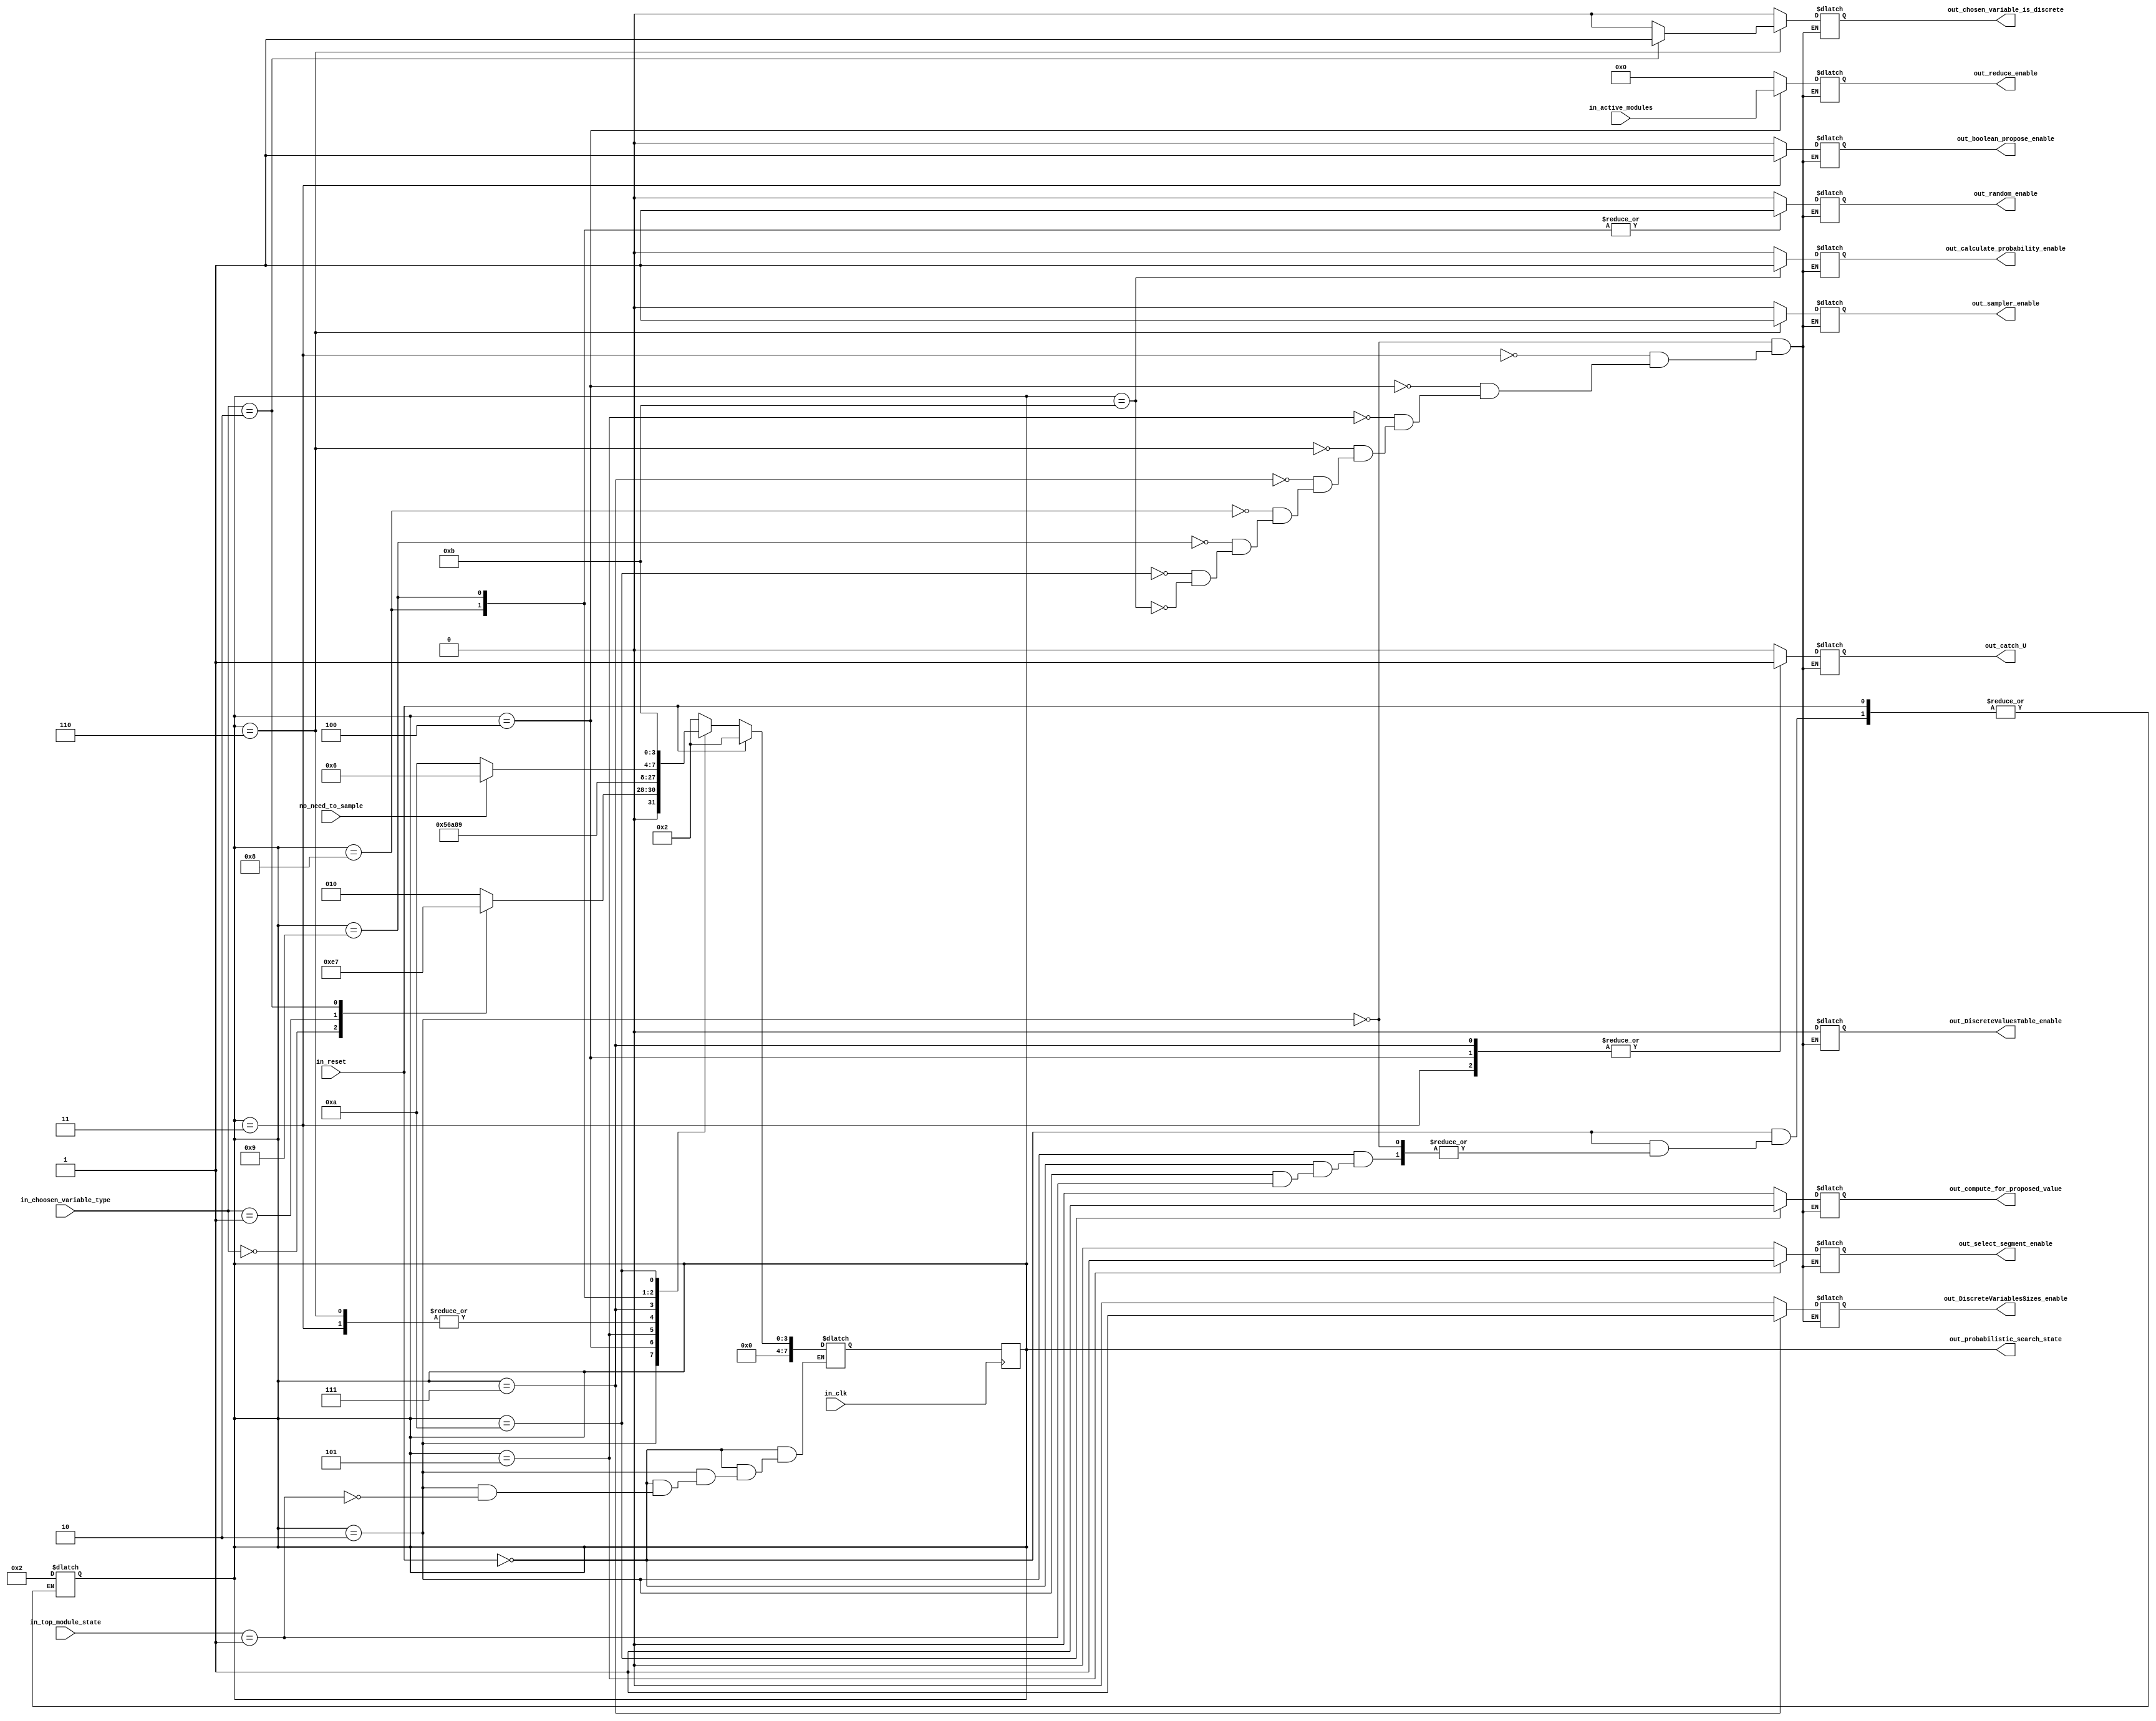
`timescale 1ns / 1ps


module ProbabilisticSearchControlUnit
#(parameter MAX_BIT_WIDTH_OF_CLAUSES_INDEX=3)(
input in_clk,
input in_reset,
input [7:0]in_top_module_state,

input [1:0] in_choosen_variable_type,
input no_need_to_sample,

input [(2**MAX_BIT_WIDTH_OF_CLAUSES_INDEX)-1:0] in_active_modules,//used to activate reduce modules as needed example 0011 -> we have two modules activated

output wire [7:0] out_probabilistic_search_state,
output wire out_boolean_propose_enable,
output wire [(2**MAX_BIT_WIDTH_OF_CLAUSES_INDEX)-1:0]out_reduce_enable,
output wire out_select_segment_enable,

output wire out_DiscreteVariablesSizes_enable,
output wire out_random_enable,
output wire out_DiscreteValuesTable_enable,

output wire out_chosen_variable_is_discrete,//needed to decide the sampler source input
output wire out_sampler_enable,
output wire out_catch_U,
output wire out_calculate_probability_enable,
output wire out_compute_for_proposed_value
    );
parameter PROBABALISTIC=1;

parameter IDLE=2;
parameter BOOLEAN_PROPOSE=3;
parameter REDUCE=4;
parameter SELECTING_SEGMENT=5;
parameter SAMPLING=6;

parameter GET_NUMBER_OF_DISCRETE_VALUES=7;
parameter CHOOSE_DISCRETE_VALUE=8;
parameter READ_DISCRETE_VALUE=9;
parameter READY_CHECK_ME=10;
parameter DONE=11;

reg [7:0] state;
reg [7:0] next_state;

reg boolean_propose_enable;
reg [(2**MAX_BIT_WIDTH_OF_CLAUSES_INDEX)-1:0]reduce_enable;
reg select_segment_enable;

reg DiscreteVariablesSizes_enable;
reg random_enable;
reg DiscreteValuesTable_enable;

reg chosen_variable_is_discrete;//needed to decide the sampler source input
reg sampler_enable;
reg catch_U;
reg calculate_probability_enable;
reg compute_for_proposed_value;

assign out_boolean_propose_enable=boolean_propose_enable;
assign out_reduce_enable=reduce_enable;
assign out_select_segment_enable=select_segment_enable;

assign out_DiscreteVariablesSizes_enable=DiscreteVariablesSizes_enable;
assign out_random_enable=random_enable;
assign out_DiscreteValuesTable_enable=DiscreteValuesTable_enable;

assign out_chosen_variable_is_discrete=chosen_variable_is_discrete;//needed to decide the sampler source input
assign out_sampler_enable=sampler_enable;
assign out_catch_U=catch_U;
assign out_calculate_probability_enable=calculate_probability_enable;

assign out_compute_for_proposed_value=compute_for_proposed_value;



assign out_probabilistic_search_state=state;
always@* begin //determine next state
if (in_reset)
next_state=IDLE;
else begin
case (state)
IDLE: begin
    if(in_top_module_state==PROBABALISTIC)
              begin
                  case (in_choosen_variable_type)
                  2'b00:begin//choosen variable is 
                        next_state=BOOLEAN_PROPOSE; 
                        end
                  2'b01:begin//choosen variable is integer continous range
                        //next state
                        next_state=REDUCE; 
                        end
                  2'b10:begin//choosen variable is integer discrete range
                        next_state=GET_NUMBER_OF_DISCRETE_VALUES;
                        end
                  default: next_state=IDLE;
                  endcase
              end
              else state=IDLE; 
          end                     
BOOLEAN_PROPOSE:next_state=READY_CHECK_ME;

REDUCE:next_state=SELECTING_SEGMENT;
SELECTING_SEGMENT:next_state=SAMPLING;
SAMPLING:next_state=READY_CHECK_ME;

GET_NUMBER_OF_DISCRETE_VALUES:next_state=CHOOSE_DISCRETE_VALUE;
CHOOSE_DISCRETE_VALUE:next_state=READ_DISCRETE_VALUE;
READ_DISCRETE_VALUE:begin
                     if(no_need_to_sample)
                        next_state=SAMPLING;
                     else
                        next_state=READY_CHECK_ME;
                     end
READY_CHECK_ME:next_state=DONE;
DONE:next_state=IDLE;            
default:next_state=IDLE;                  
endcase
end
end


//sequential part update state
always @ (negedge in_clk)
begin
state<=next_state;
end

// produce output
always @ *
begin 
case (state)
IDLE:begin
         //disables
         boolean_propose_enable=1'b0;
         
         reduce_enable=0;
         select_segment_enable=1'b0;
        
         DiscreteVariablesSizes_enable=1'b0;
         random_enable=1'b0;
         DiscreteValuesTable_enable=1'b0;
        
         chosen_variable_is_discrete=1'b0;
         sampler_enable=1'b0;
         
         catch_U=1'b0;
         calculate_probability_enable=1'b0;
         compute_for_proposed_value=1'b0;
         
     end
BOOLEAN_PROPOSE:begin
                    //enables
                    boolean_propose_enable=1'b1;
                    catch_U=1'b1;
                    //disables
                    reduce_enable=0;
                    select_segment_enable=1'b0;
                    
                    DiscreteVariablesSizes_enable=1'b0;
                    random_enable=1'b0;
                    DiscreteValuesTable_enable=1'b0;
                    
                    chosen_variable_is_discrete=1'b0;
                    sampler_enable=1'b0;
                    
                    calculate_probability_enable=1'b0;
                    compute_for_proposed_value=1'b0;
                end
                
REDUCE:begin
           //enables
           reduce_enable=in_active_modules;
           catch_U=1'b1;
           //disables
           boolean_propose_enable=1'b0;
           
           select_segment_enable=1'b0;
        
           DiscreteVariablesSizes_enable=1'b0;
           random_enable=1'b0;
           DiscreteValuesTable_enable=1'b0;
        
           chosen_variable_is_discrete=1'b0;
           sampler_enable=1'b0;
           
           calculate_probability_enable=1'b0;
           compute_for_proposed_value=1'b0;
       end  
SELECTING_SEGMENT:begin
                      //enables
                      select_segment_enable=1'b1;
                      //disables
                      boolean_propose_enable=1'b0;
                      
                      reduce_enable=0;
                      
                      DiscreteVariablesSizes_enable=1'b0;
                      random_enable=1'b0;
                      DiscreteValuesTable_enable=1'b0;
                   
                      chosen_variable_is_discrete=1'b0;
                      sampler_enable=1'b0;
                      
                      catch_U=1'b0;
                      calculate_probability_enable=1'b0;
                      compute_for_proposed_value=1'b0;
                  end
SAMPLING:begin
            //enables
            if(in_choosen_variable_type==2'b10)//variable is descrete
                begin chosen_variable_is_discrete=1'b1;end    
            else
                begin chosen_variable_is_discrete=1'b0;end
            sampler_enable=1'b1;
            //disables
            boolean_propose_enable=1'b0;
            
            reduce_enable=0;
            select_segment_enable=1'b0;
            
            DiscreteVariablesSizes_enable=1'b0;
            random_enable=1'b0;
            DiscreteValuesTable_enable=1'b0;
            
            catch_U=1'b0;
            calculate_probability_enable=1'b0;
            compute_for_proposed_value=1'b0;
         end  

GET_NUMBER_OF_DISCRETE_VALUES:begin
                                //enables
                                DiscreteVariablesSizes_enable=1'b1;
                                catch_U=1'b1;
                                //disables
                                boolean_propose_enable=1'b0;
                                
                                reduce_enable=0;
                                select_segment_enable=1'b0;
                                
                                
                                random_enable=1'b0;
                                DiscreteValuesTable_enable=1'b0;
                                
                                chosen_variable_is_discrete=1'b0;
                                sampler_enable=1'b0;
                                
                                calculate_probability_enable=1'b0;
                                compute_for_proposed_value=1'b0;
                              end 

CHOOSE_DISCRETE_VALUE:begin
                          //enables
                          random_enable=1'b1;
                          //disables
                          boolean_propose_enable=1'b0;
                          
                          reduce_enable=0;
                          select_segment_enable=1'b0;
                          
                          DiscreteVariablesSizes_enable=1'b0;
                          DiscreteValuesTable_enable=1'b0;
                          
                          chosen_variable_is_discrete=1'b0;
                          sampler_enable=1'b0;
                          
                          catch_U=1'b0;
                          calculate_probability_enable=1'b0;
                          compute_for_proposed_value=1'b0;
                       end 
READ_DISCRETE_VALUE:begin
                     //enables
                     random_enable=1'b1;
                     //disables
                     boolean_propose_enable=1'b0;
                     
                     reduce_enable=0;
                     select_segment_enable=1'b0;
                     
                     DiscreteVariablesSizes_enable=1'b0;
                     DiscreteValuesTable_enable=1'b0;
                     
                     chosen_variable_is_discrete=1'b0;
                     sampler_enable=1'b0;
                     
                     catch_U=1'b0;
                     calculate_probability_enable=1'b0;
                     compute_for_proposed_value=1'b0;
                    end 
                    
READY_CHECK_ME:begin
                //enables
                compute_for_proposed_value=1'b1;
                //diables
                 boolean_propose_enable=1'b0;
                 
                 reduce_enable=0;
                 select_segment_enable=1'b0;
                 
                 DiscreteVariablesSizes_enable=1'b0;
                 random_enable=1'b0;
                 DiscreteValuesTable_enable=1'b0;
                 
                 chosen_variable_is_discrete=1'b0;
                 sampler_enable=1'b0;
                 
                 catch_U=1'b0;
                 calculate_probability_enable=1'b0;
                end

DONE:begin
        //enables
        calculate_probability_enable=1'b1;                
        //diables
         boolean_propose_enable=1'b0;
         
         reduce_enable=0;
         select_segment_enable=1'b0;
         
         DiscreteVariablesSizes_enable=1'b0;
         random_enable=1'b0;
         DiscreteValuesTable_enable=1'b0;
         
         chosen_variable_is_discrete=1'b0;
         sampler_enable=1'b0;
         
         catch_U=1'b0;
         compute_for_proposed_value=1'b0;
     end


endcase
end

/*
PROPOSE_BOOLEAN

PROPOSE_INTEGER_CONTINOUS
    REDUCE
    SELECT_SEGMENT
    SAMPLE 

PROPOSE_INTEGER_DISCRETE
    GET_NUMBER_OF_DISCRETE_VALUES
    RANDOMIZE_DISCRETE_VALUE_ADRESS
    GET_DISCRETE_VALUE
    SAMPLE 
READY_CHECK_ME

 */
endmodule